Maemoisa_(Sinalepa)_vallavalitsus, lk 52
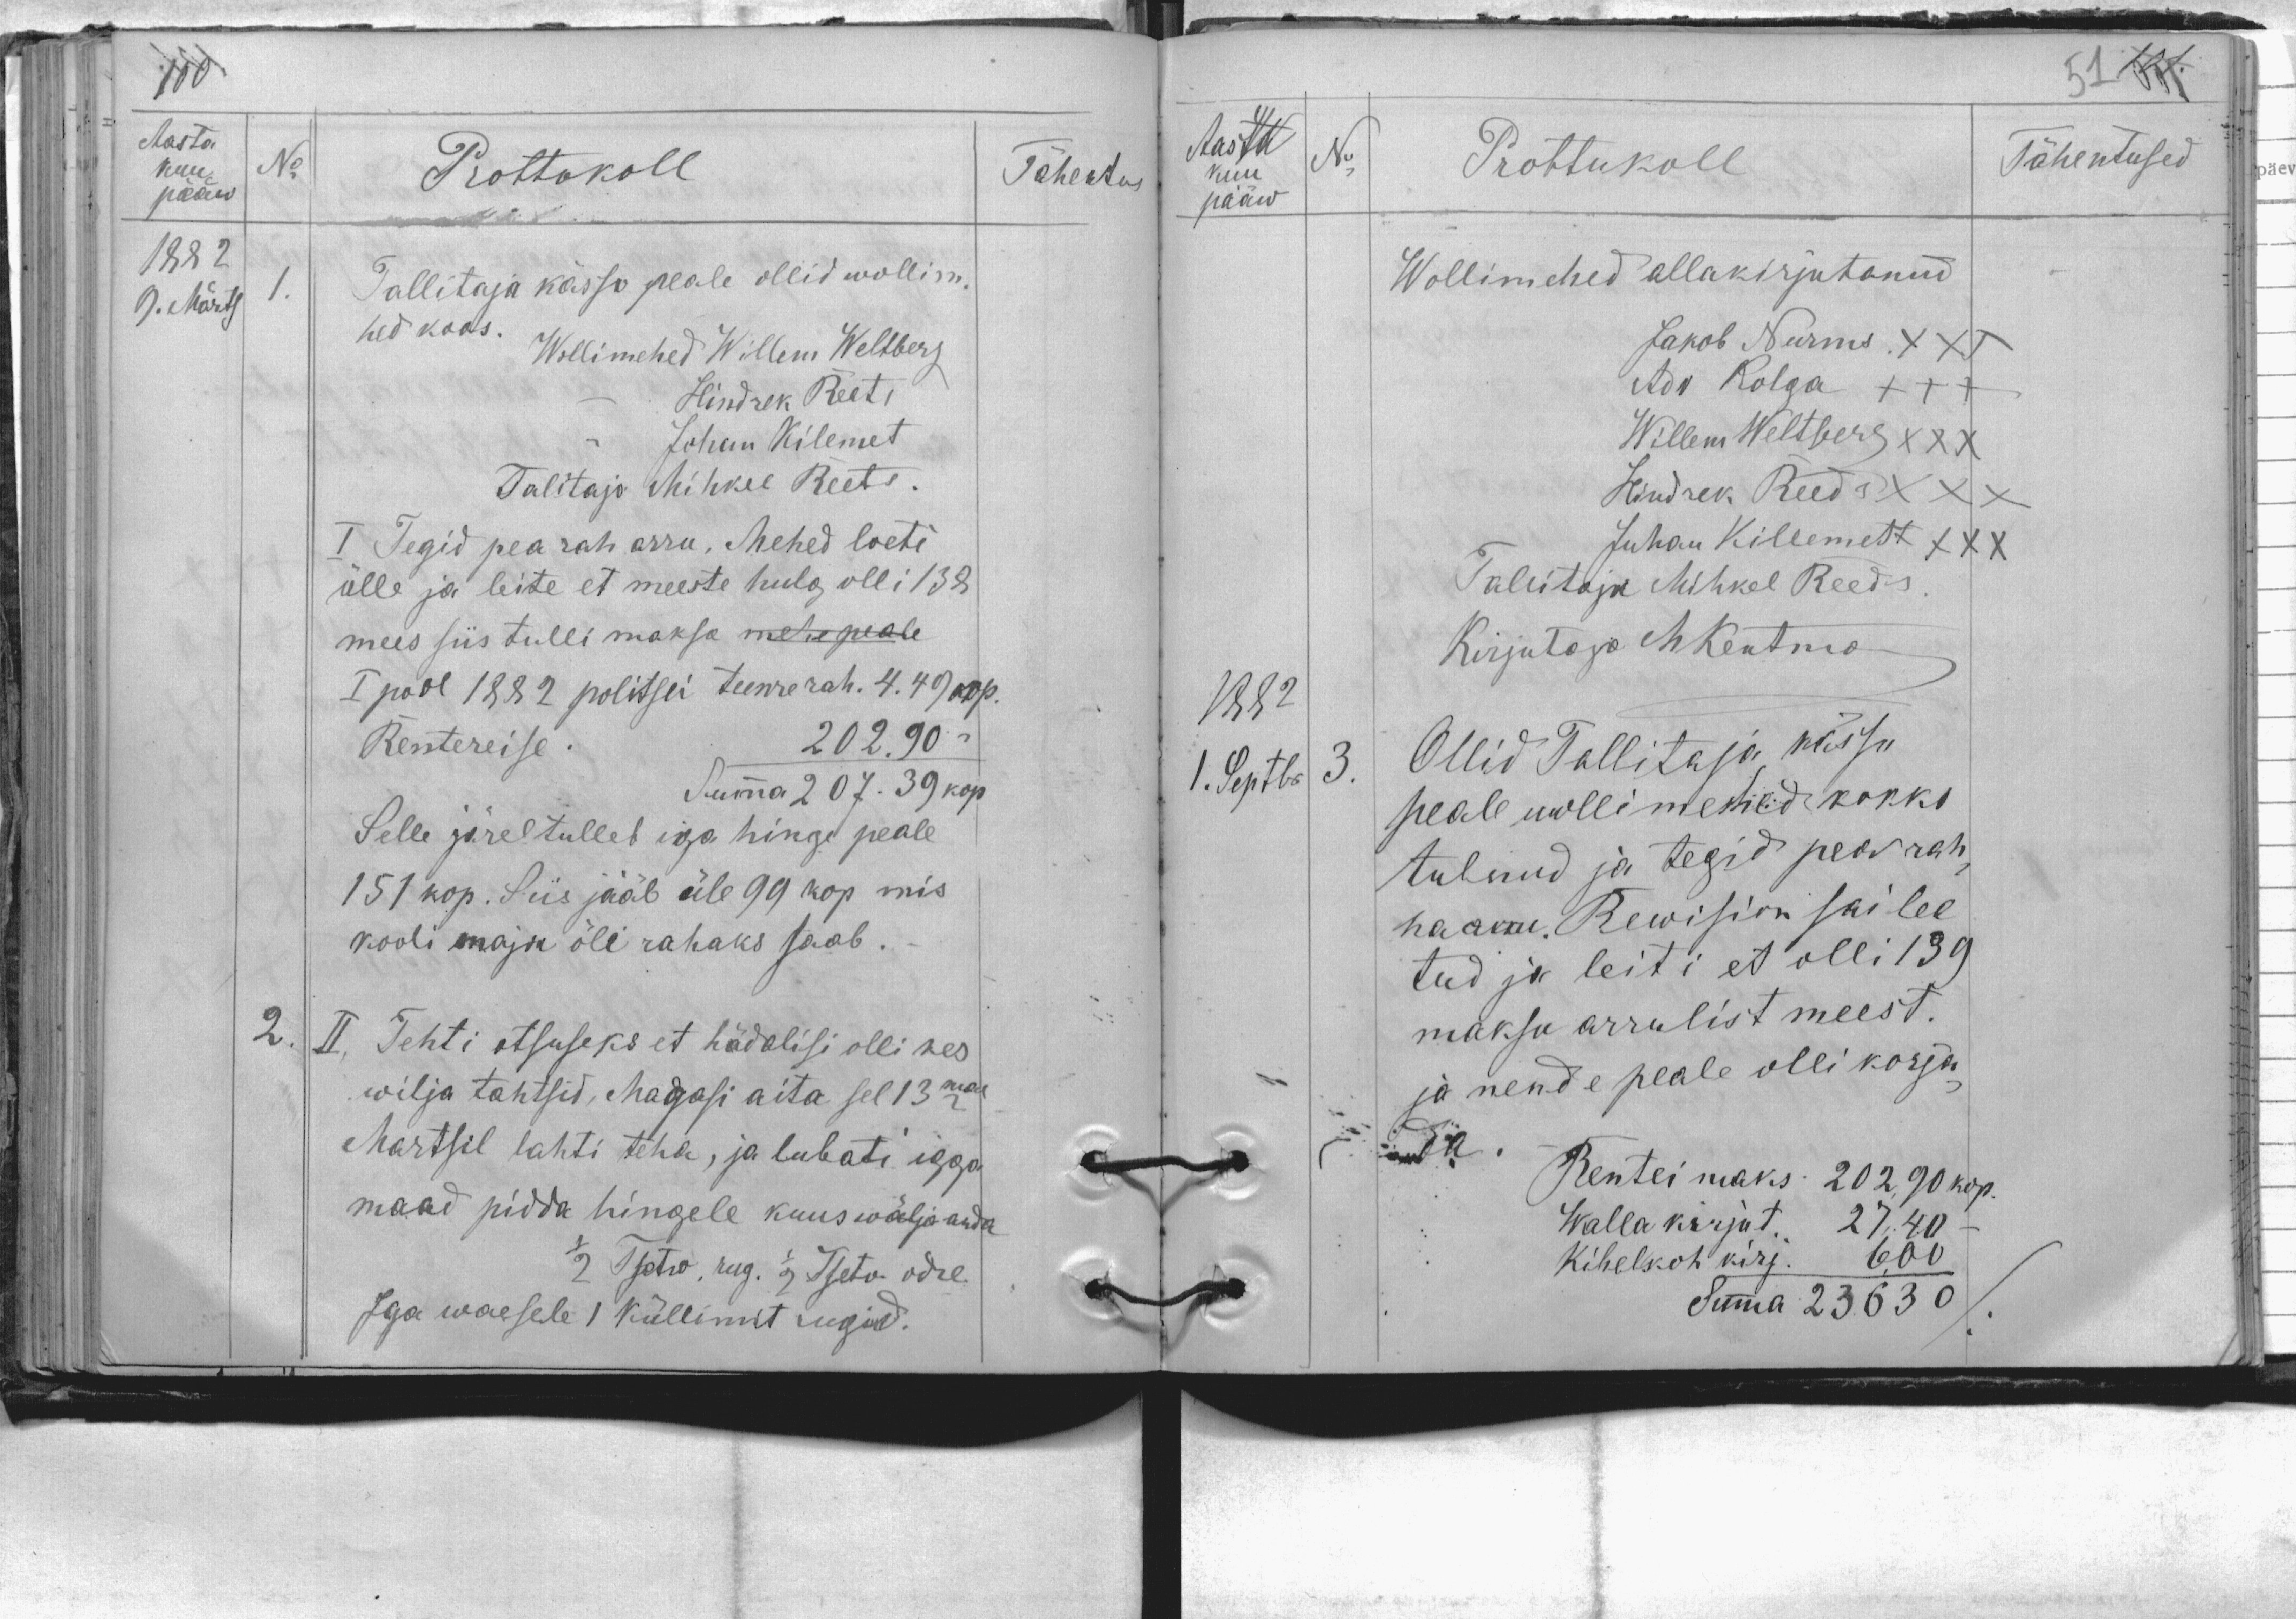
Aasta
kuu
No
pääw
Prottokoll
Tähentus
1882
9. Märts
1.
Tallitaja kässo peale ollid wollim.
hed koos.
Wollimehed Willem Weltberg
Hindrek Reets
Johan Kilemet
Talitaja Mihkel Reets.
I Tegid pea rah arru, Mehed loeti
ülle ja leite et meeste hulg olli 138
mees siis tulli maksa mehe peale
I pool 1882 politsei teenre rah. 4.49 kop.
Rentereise
202.90
Summa 207.39 kop.
Selle järel tulleb iga hinge peale
151 kop. Siis jääb üle 90 kop mis
kooli maja õli rahaks saab.
2. II Tehti otsuseks et hädalisi olli kes
wilja tahtsid, Magasi aita sel 13mal
Martsil lahti teha, ja lubati igga
maad pidda hingele kuus wälja anda
1/2 Tsetw. rug. 1/2 Tsetv odre.
Iga waesele 1 küllimist rugid.

kuu
No
Prottukoll
Tähentused
pääw
Wollimehed allakirjutanud
Jakob Nurms XXX
Ado Kolga XXX
Willem Weltberg XXX
Hindrek Reeds XXX
Juhan Killemett XXX
Talitaja Mihkel Reeds
Kirjutaja MKentma
1882
1. Septbr
3.
Ollid Tallitaja kässu
peale wollimehed kokko
tulnud ja tegid pearah-
ha arru. Rewision sai loe
tud ja leiti et olli 139
maksu arrulist meest.
ja nende peale olli korja
da.
Rentei maks: 202,90 kop.
Walla kirjut 27,40
Kihelkoh kirj. 6,00
Summa 23630